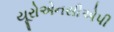
યૂરોએનસીએપી